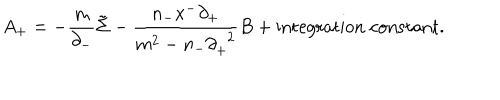
LaTeX: A _ { + } = - \frac { m } { { \partial } _ { - } } \tilde { \Sigma } - \frac { n _ { - } x ^ { - } { \partial } _ { + } } { m ^ { 2 } - n _ { - } { \partial } _ { + } ^ { \; \; 2 } } B + \mathrm { i n t e g r a t i o n \; c o n s t a n t } .